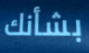
بشأنك